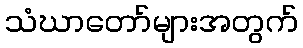
သံဃာတော်များအတွက်